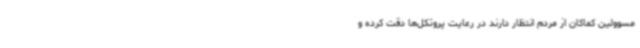
مسوولین کماکان از مردم انتظار دارند در رعایت پروتکل‌ها دقت کرده و